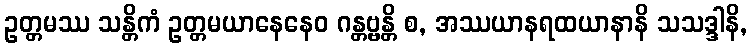
ဥတ္တမဿ သန္တိကံ ဥတ္တမယာနေနေဝ ဂန္တဗ္ဗန္တိ စ, အဿယာနရထယာနာနိ သသဒ္ဒါနိ,